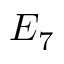
E _ { 7 }